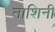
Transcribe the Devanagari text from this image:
नाशिनी